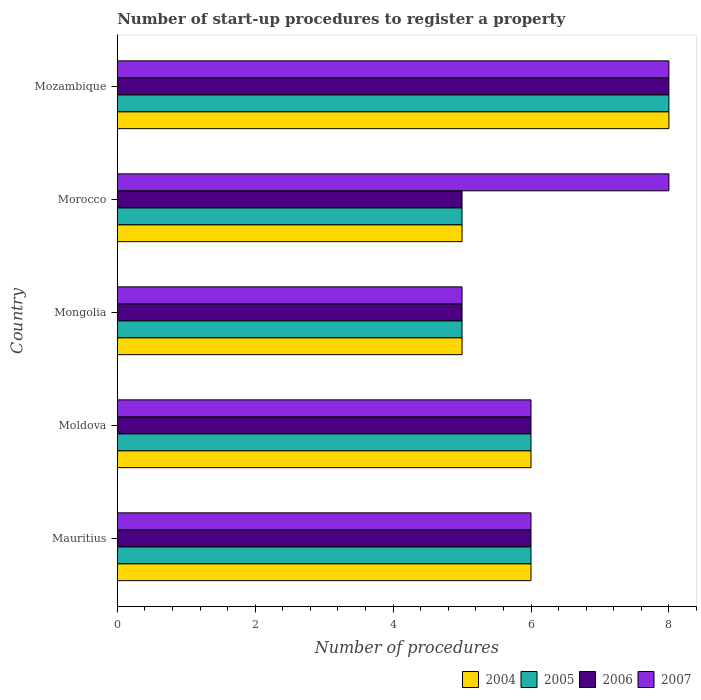
| Country | 2004 | 2005 | 2006 | 2007 |
 | --- | --- | --- | --- | --- |
 | Mauritius | 6 | 6 | 6 | 6 |
 | Moldova | 6 | 6 | 6 | 6 |
 | Mongolia | 5 | 5 | 5 | 5 |
 | Morocco | 5 | 5 | 5 | 8 |
 | Mozambique | 8 | 8 | 8 | 8 |